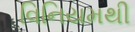
વિનિયમથી